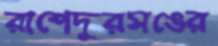
রাশেদুরসঙের